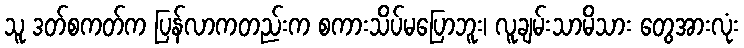
သူ ဒတ်စကတ်က ပြန်လာကတည်းက စကားသိပ်မပြောဘူး၊ လူချမ်းသာမိသား တွေအားလုံး